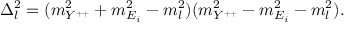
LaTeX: \Delta _ { l } ^ { 2 } = ( m _ { Y ^ { + + } } ^ { 2 } + m _ { E _ { i } } ^ { 2 } - m _ { l } ^ { 2 } ) ( m _ { Y ^ { + + } } ^ { 2 } - m _ { E _ { i } } ^ { 2 } - m _ { l } ^ { 2 } ) .